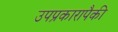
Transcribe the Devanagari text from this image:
उपप्रकारापैकी